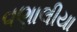
વણાલીયા